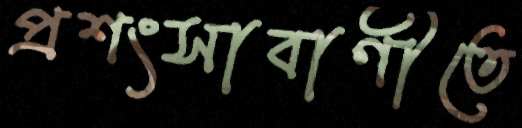
প্রশংসাবাণীতে